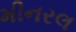
મીનરલ